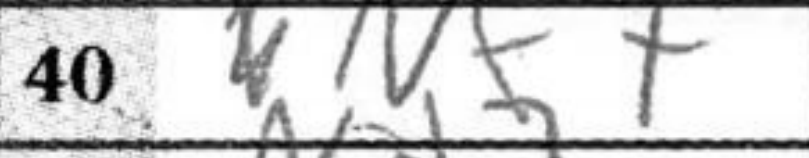
Transcription: Nf7